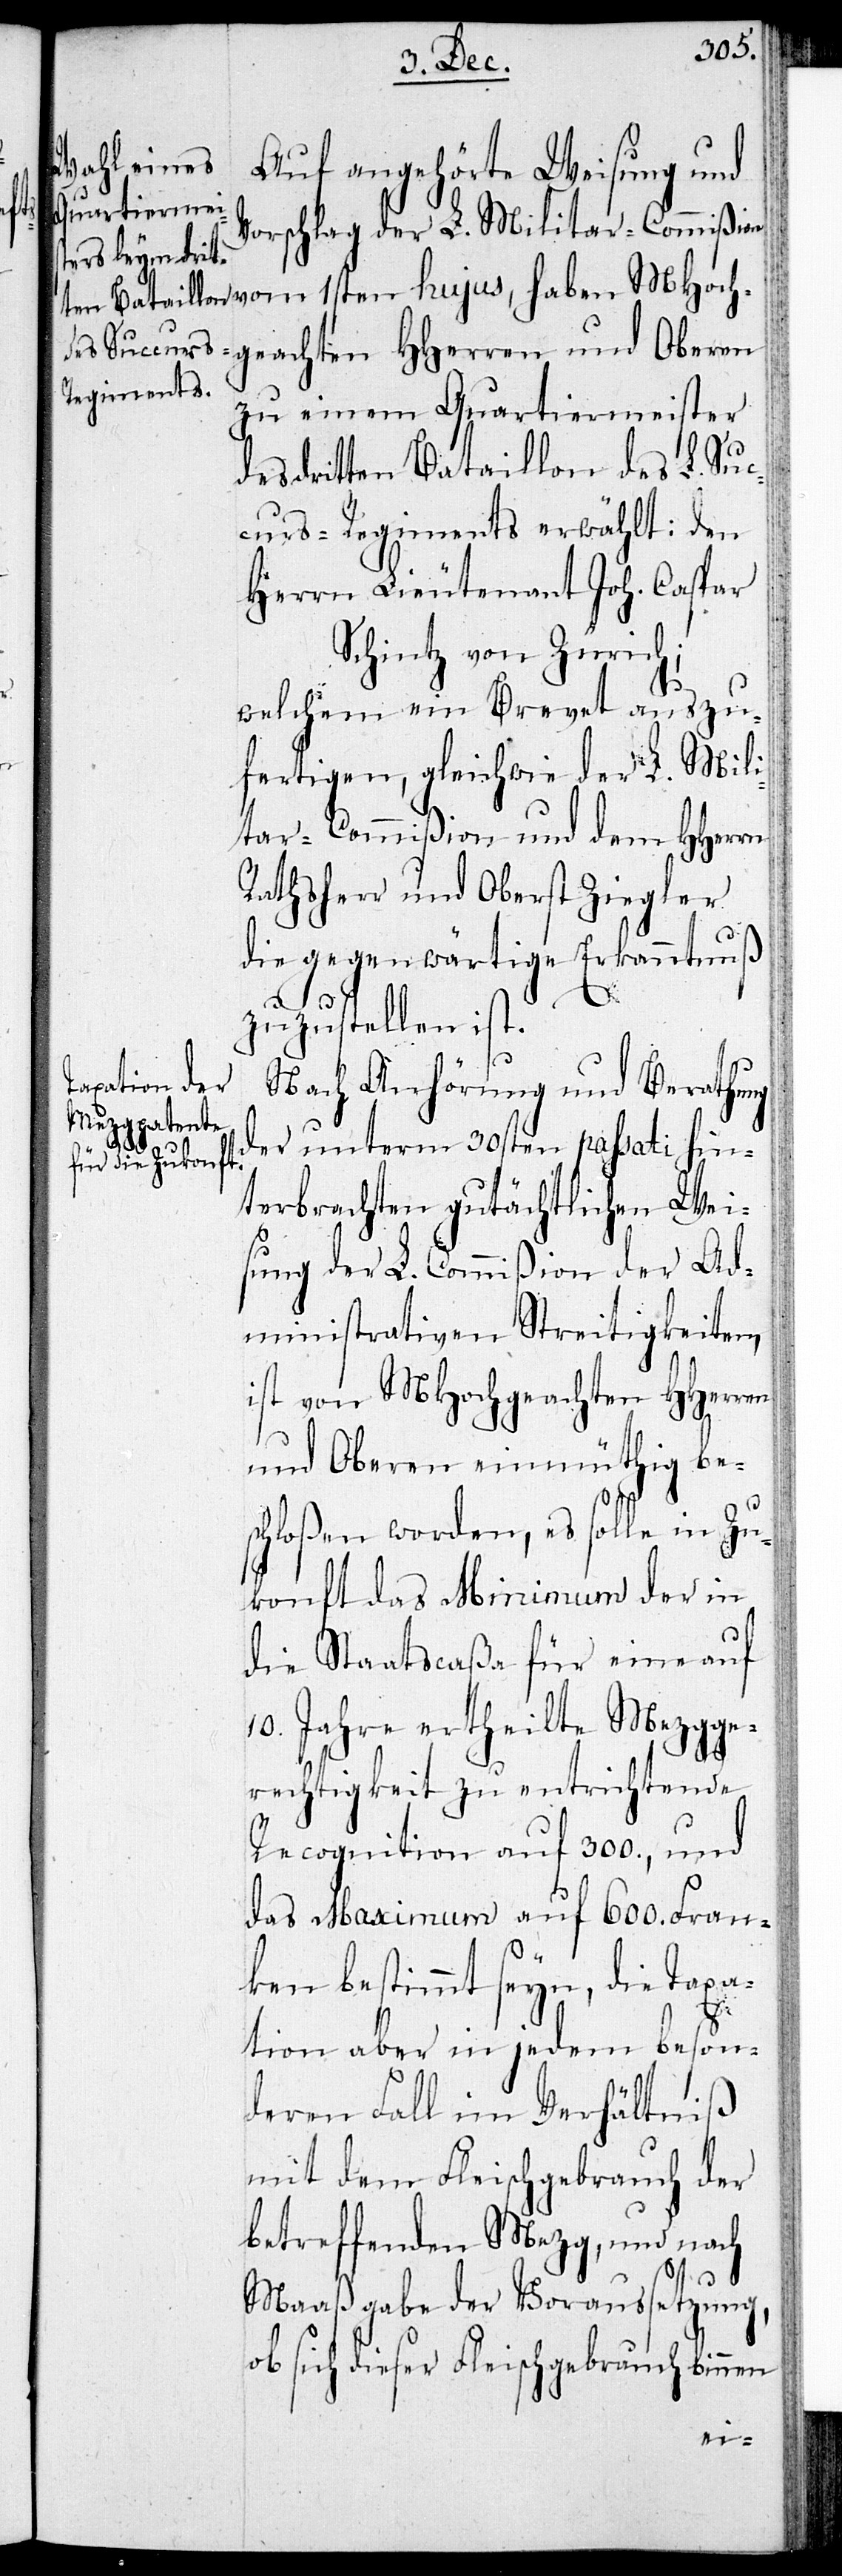
Vorschlag der L. Militar-Commißion
geachten HHerren und Oberen
zu einem Quartiermeister
des dritten Bataillon des L. Suc¬
curs-Regiments erwählt: den
Herrn Lieutenant Joh. Caspar
Schintz von Zürich;
welchem ein Brevet auszu¬
fertigen, gleichwie der L. Mili¬
tar-Commißion und dem HHerrn
Rathsherr und Oberst Ziegler,
die gegenwärtige Erkanntnuß
zugestellt ist.
Nach Anhörung und Beratung
der unterm 30sten passati hin¬
terbrachten gutächtlichen Wei¬
sung der L. Commißion der Ad¬
ministrativen Streitigkeiten,
ist von MHochgeachten HHerren
und Oberen einmüthig bes¬
chloßen worden, es solle in Zu¬
konft das Minimum der in
die Staatscaßa für eine auf
10. Jahre ertheilte Mezgge¬
rechtigkeit zu entrichtende
Recognition auf 300., und
das Maximum auf 600. Fran¬
ken bestimmt seyn, die Taxa¬
Hoch¬
tion aber in jedem beson¬
deren Fall im Verhältniß
mit dem Fleischgebrauch der
betreffenden Mezg, und nach
Maaßgabe der Voraussetzung,
ob sich dieser Fleischgebrauch binnen